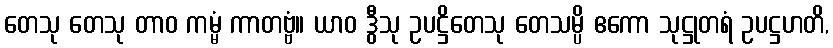
တေသု တေသု တာဝ ကမ္မံ ကာတဗ္ဗံ။ ယာဝ ဒွီသု ဥပဋ္ဌိတေသု တေသမ္ပိ ဧကော သုဋ္ဌုတရံ ဥပဋ္ဌဟတိ,